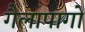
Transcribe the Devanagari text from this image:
गैलापागो